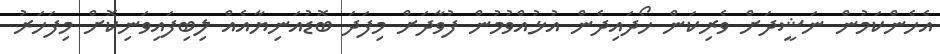
އެހެންކަމުން ނަޝީދަށް ވެރިކަން ހޯދައިދެން އުޅުއްވުމުން ފުވާދަށް މިފަދަ ބޮޑުއަނިޔާއެއް ލިބިފައިވަނިކޮށް މިފަހަރު